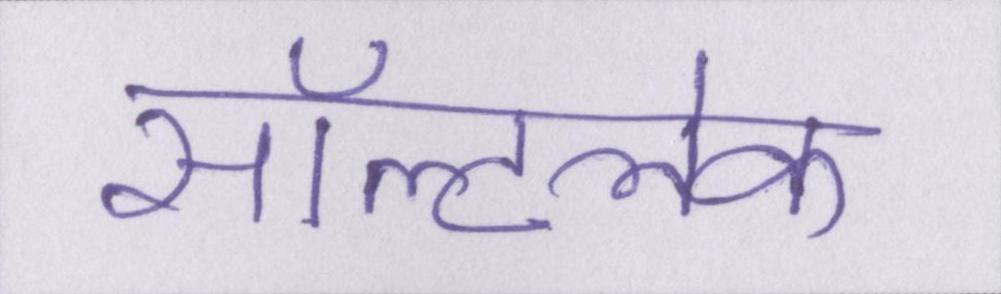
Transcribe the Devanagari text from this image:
सॉल्टलेक